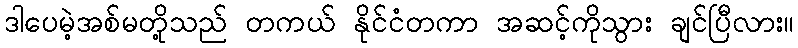
ဒါပေမဲ့အစ်မတို့သည် တကယ် နိုင်ငံတကာ အဆင့်ကိုသွား ချင်ပြီလား။